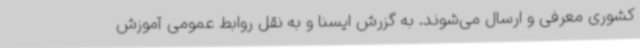
کشوری معرفی و ارسال می‌شوند. به گزرش ایسنا و به نقل روابط عمومی آموزش